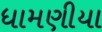
ધામણીયા